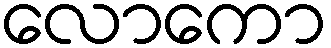
လောကော